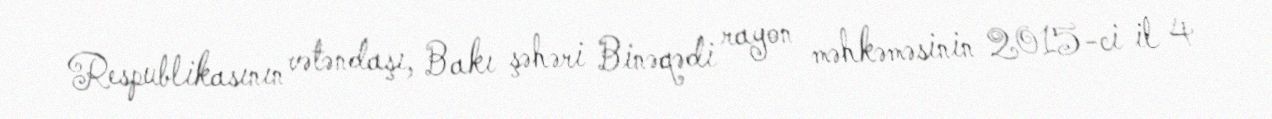
Respublikasının vətəndaşı, Bakı şəhəri Binəqədi rayon məhkəməsinin 2015-ci il 4